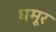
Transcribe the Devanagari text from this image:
घमूर